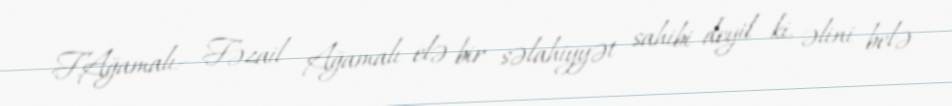
F.Ağamalı:- Fəzail Ağamalı elə bir səlahiyyət sahibi deyil ki, əlini belə